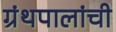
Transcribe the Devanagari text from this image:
ग्रंथपालांची